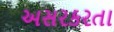
અસરકરતા